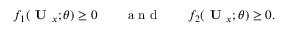
f _ { 1 } ( \textbf { U } _ { x } ; \theta ) \ge 0 \qquad \mathrm { ~ a ~ n ~ d ~ } \qquad f _ { 2 } ( \textbf { U } _ { x } ; \theta ) \ge 0 .